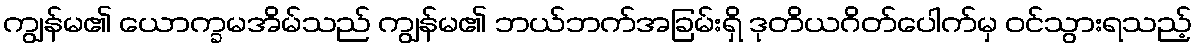
ကျွန်မ၏ ယောက္ခမအိမ်သည် ကျွန်မ၏ ဘယ်ဘက်အခြမ်းရှိ ဒုတိယဂိတ်ပေါက်မှ ဝင်သွားရသည့်